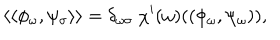
\langle \langle \phi _ { \omega } , \psi _ { \sigma } \rangle \rangle = \delta _ { \omega \sigma } ~ \chi ^ { \prime } ( \omega ) ( ( \phi _ { \omega } , \psi _ { \omega } ) ) ,